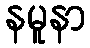
နမူနာ